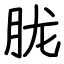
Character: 胧